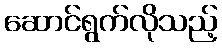
ဆောင်ရွက်လိုသည့်